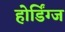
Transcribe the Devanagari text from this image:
होर्डिंग्ज